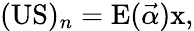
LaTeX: (\mathrm{US})_{n}=\mathrm{E}(\vec{\alpha})\mathrm{x},